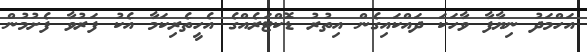
އަހްމަދު ނިޔާފާ ވާހަކަ ދައްކައިގެން އިތުރު ޑޮކްޓަރެއްގެ އެހީތެރިކަމާ އެކު ފަރުވާ ފެށުމުން